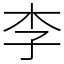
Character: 李